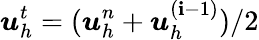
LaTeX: \boldsymbol{u}_{h}^{t}=(\boldsymbol{u}_{h}^{n}+\boldsymbol{u}_{h}^{(\mathbf{i}-1)})/2